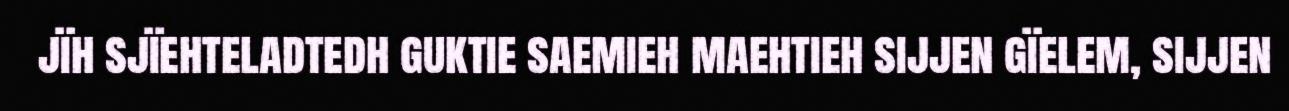
jïh sjïehteladtedh guktie saemieh maehtieh sijjen gïelem, sijjen